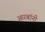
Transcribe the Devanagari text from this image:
आरबांनी